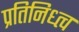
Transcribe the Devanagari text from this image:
प्रतिनिध्त्व